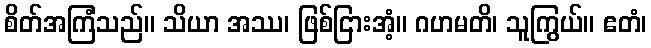
စိတ်အကြံသည်။ သိယာ အဿ၊ ဖြစ်ငြားအံ့။ ဂဟမတိ၊ သူကြွယ်။ ဧတံ၊